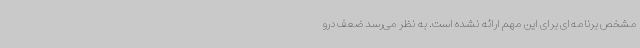
مشخص برنامه‌ای برای این مهم ارائه نشده است. به نظر می‌رسد ضعف درو